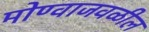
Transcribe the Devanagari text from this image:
मोण्वाजवळील